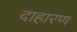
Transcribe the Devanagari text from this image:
दाहारण